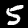
Label: 5